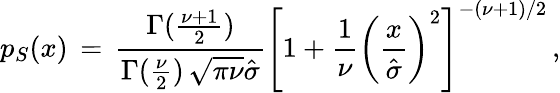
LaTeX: p_{S}(x)\, =\, \frac{\Gamma(\frac{\nu+1}{2})}{\Gamma(\frac{\nu}{2})\, \sqrt{\pi\nu}\hat{\sigma}}\left[1+\frac{1}{\nu}\left(\frac{x}{\hat{\sigma}}\right)^{2}\right]^{-(\nu+1)/2}\, ,